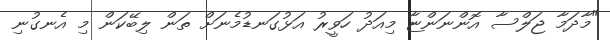
"މާދަމާ ޖަލްސާ އޮންނަންޏާ މިއަދު ހަވީރު އަޅުގަނޑުމެނަށް ތަން ލިބޭކަން މި އެނގުނި